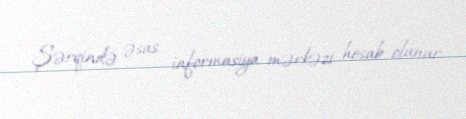
Şərqində əsas informasiya mərkəzi hesab olunur.